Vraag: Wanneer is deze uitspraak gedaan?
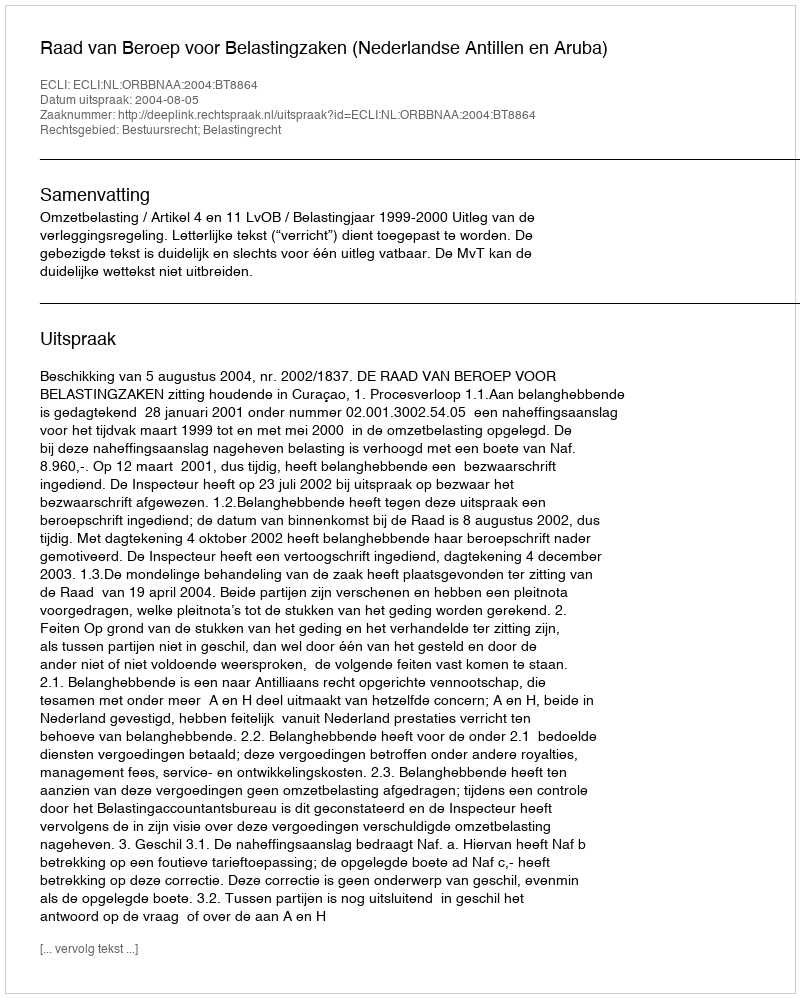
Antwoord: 2004-08-05